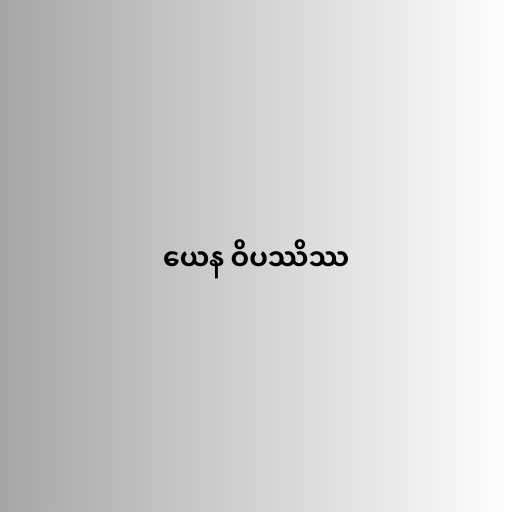
ယေန ဝိပဿိဿ